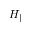
H _ { \parallel }